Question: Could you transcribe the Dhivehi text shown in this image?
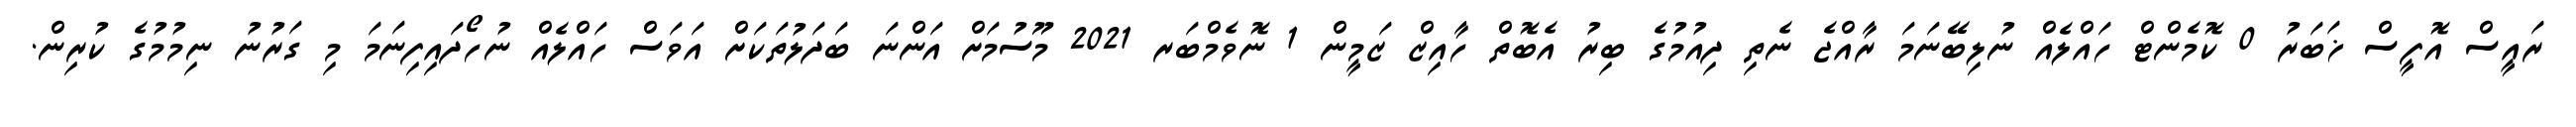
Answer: ރައީސް އޮފީސް ޚަބަރު 0 ކޮމެންޓް ހައްލެއް ނުލިބޭނަމަ ރާއްޖެ ނެތި ދިއުމުގެ ބިރު އެބޮތް ހާއިޒް ޒަމީން 1 ނޮވެމްބަރ 2021 މޫސުމަށް އަންނަ ބަދަލުތަކަށް އަވަސް ހައްލެއް ނުހޯދައިފިނަމަ މި ގަރުނު ނިމުމުގެ ކުރިން.